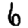
Digit: 6